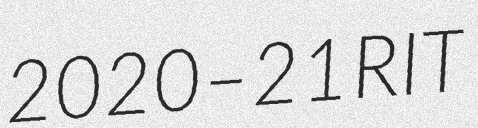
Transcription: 2020–21 RIT